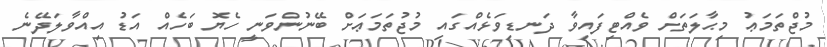
މުޖްތަމަޢު މިޙާލަަތަށް ވެއްޓިފައިވާ ދަނޑިވަޅެއްގައި މުޖުތަމަޢަށް ބޭނުންވަނީ ހެޔޮ ބަހެއް އަޑު އިއްވާލަދޭނެ